Annual report on the Civil Veterinary Department, Burma (including the Insein Veterinary School) - 1910-1922
Year: 1910
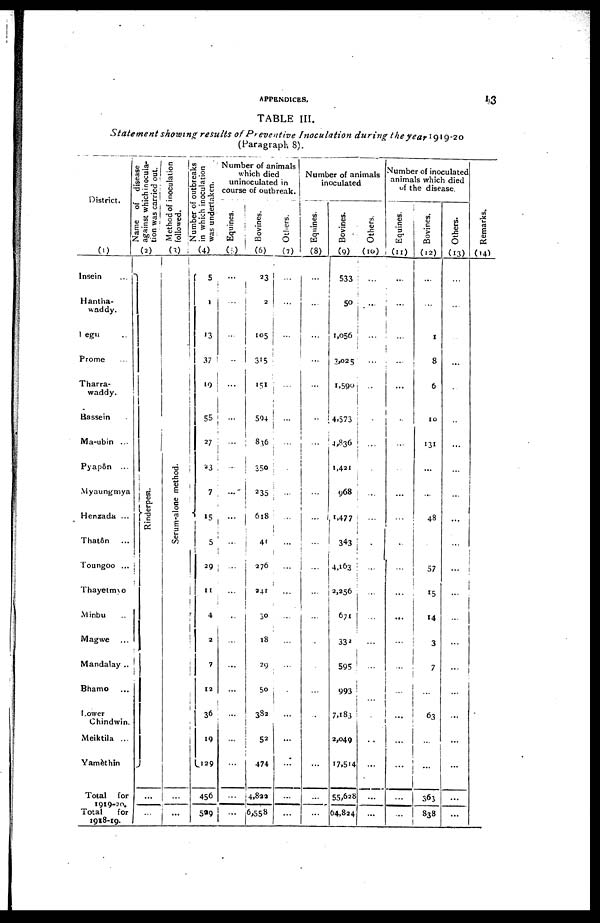
APPENDICES.
13
TABLE III.
Statement showing results of Preventive Inoculation during the year 1919-20
(Paragraph 8).
District.
(1)
Insein ...
Hantha-
waddy.
Tegu ..
Prome ...
Tharra-
waddy.
Bassein .
Ma-ubin ...
Pyapôn ...
Myaungmya
Henzada ...
That&n
...
Toungoo ...
Thayetmyo
Minbu ...
Magwe ..
Mandalay ..
Bhamo ...
Lower
Chindwin
Meiktila ...
Yamèthin
Total for
1919-20.
Total
for
1918-19.
Name of disease
against which inocula-
tion was carried out.
(2)
Ri nder pes t
.
...
...
Method of inoculation
followed.
(3)
Se r
um- a lone method.
...
...
Number of outbreaks
in which inoculation
was undertaken.
(4)
5
1
13
37
19
55
27
23
7
15
5
29
11
4
2
7
12
36
19
129
456
529
Number of animals
which died
uninoculated in
course of outbreak.
Equines.
(5)
...
...
...
..
...
...
...
...
...
...
...
...
...
..
...
...
...
...
...
...
...
...
Bovines.
(6)
23
2
105
315
151
594
836
350
235
618
41
276
241
30
18
29
50
382
52
474
4,822
6,558
Others.
(7)
...
...
...
...
...
...
...
...
...
...
...
...
...
...
...
.
...
...
...
...
Number of animals
inoculated
Equines.
(8)
...
...
...
...
...
..
...
...
...
...
...
...
...
...
...
...
...
...
...
...
...
...
Bovines.
(9)
533
50
1,056
3,025
1,590
4,573
4,836
1,421
968
1,477
343
4,163
2,256
671
332
595
993
7,183
2,049
17,514
55,628
64,824
Others.
(10)
...
...
...
...
...
.
...
...
...
...
...
...
...
...
...
...
...
.
...
...
...
...
Number of inoculated
animals which died
of the disease.
Equines.
(11)
...
...
...
...
...
...
...
...
...
...
...
...
...
...
...
...
...
...
...
...
...
...
Bovines.
(12)
...
...
1
8
6
10
131
...
...
48
...
57
15
14
3
7
...
63
...
...
363
838
Others.
(13)
...
...
...
...
...
...
...
...
...
...
...
...
...
...
...
...
...
...
...
...
...
...
Remarks.
(14)